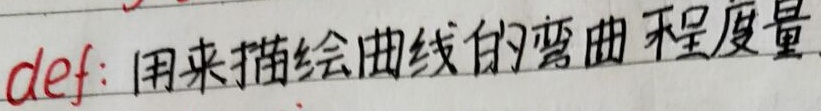
def: 用来描绘曲线的弯曲程度量